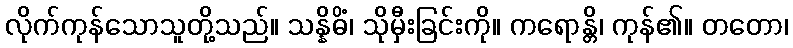
လိုက်ကုန်သောသူတို့သည်။ သန္နိဓိံ၊ သိုမှီးခြင်းကို။ ကရောန္တိ၊ ကုန်၏။ တတော၊